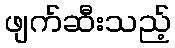
ဖျက်ဆီးသည့်